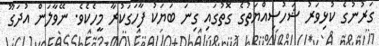
ގަރުނުގެ ކުޅިވަރު ޝަހުސިއްޔަތުގެ ގޮތުގައި ގިނަ ބަޔަކު ފާހަގަކުރާ މީހެކެވެ. ނޭވާލަން އުދަގޫ